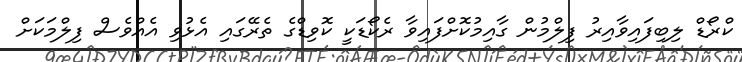
ކްރޯޑް ލިބިފައިވާއިރު ފިލްމުން ގާއިމުކޮށްފައިވާ ރެކޯޑަކީ ކޮވިޑްގެ ތެރޭގައި އެޅުވި އެއްވެސް ފިލްމަކަށް